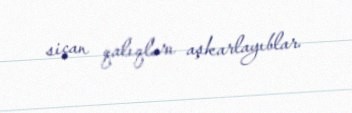
siçan qalıqları aşkarlayıblar.